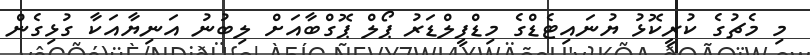
މި މެޗުގެ ކުރީކޮޅު ޔުނައިޓެޑްގެ މިޑްފީލްޑަރު ޕޯލް ޕޮގްބާއަށް ލިބުނު އަނިޔާއަކާ ގުޅިގެން